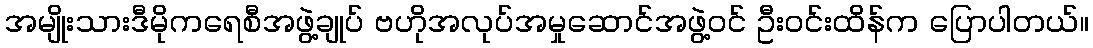
အမျိုးသားဒီမိုကရေစီအဖွဲ့ချုပ် ဗဟိုအလုပ်အမှုဆောင်အဖွဲ့ဝင် ဦးဝင်းထိန်က ပြောပါတယ်။